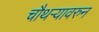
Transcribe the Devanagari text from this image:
चौथऱ्यावरुन